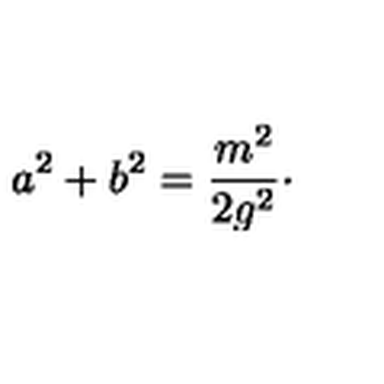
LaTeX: a ^ { 2 } + b ^ { 2 } = { \frac { m ^ { 2 } } { 2 g ^ { 2 } } } \cdotp